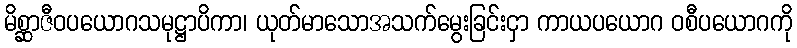
မိစ္ဆာဇီဝပယောဂသမုဋ္ဌာပိကာ၊ ယုတ်မာသောအသက်မွေးခြင်းငှာ ကာယပယောဂ ဝစီပယောဂကို